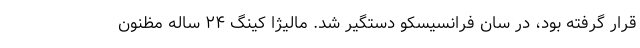
قرار گرفته بود، در سان فرانسیسکو دستگیر شد. مالیژا کینگ ۲۴ ساله مظنون